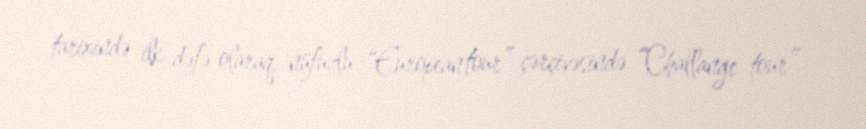
tarixində ilk dəfə olaraq, nüfuzlu “European tour” çərçivəsində “Challange tour”